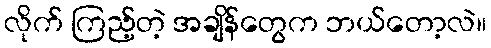
လိုက် ကြည့်တဲ့ အချိန်တွေက ဘယ်တော့လဲ။